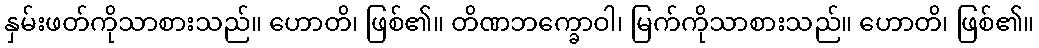
နှမ်းဖတ်ကိုသာစားသည်။ ဟောတိ၊ ဖြစ်၏။ တိဏဘက္ခောဝါ၊ မြက်ကိုသာစားသည်။ ဟောတိ၊ ဖြစ်၏။